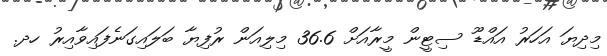
މިދިޔަ އަހަރު އައްޑޫ ސިޓީން މީރާއަށް 36.6 މިލިއަން ރުފިޔާ ބަލައިގަނެފައިވާއިރު ހދ.